Calcutta medical institutions reports 1871-78
Year: 1871
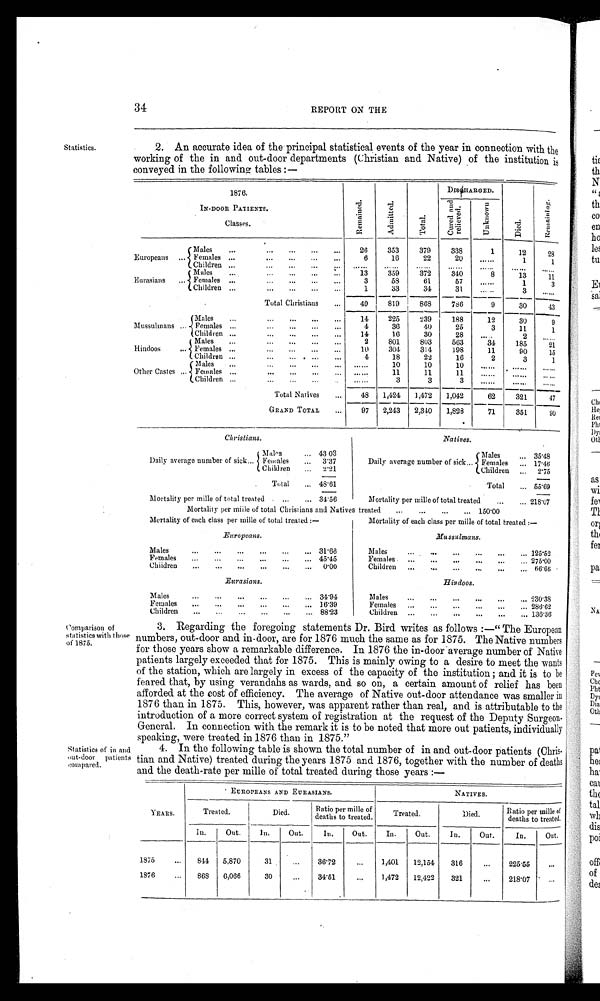
34
REPORT ON THE
Statistics.
2. An accurate idea of the principal statistical events of the year in connection with the
working of the in and out-door departments (Christian and Native) of the institution is
conveyed in the following tables:—
1 8 7 6 .
I N - D O O R P A T I E N T S .
C l a s s e s .
R e m a i n e d .
A d m i t t e d .
T o t a l .
D I S C H A R G E D .
D i e d .
R e m a i n i n g .
C u r e d a n d r e l i e v e d .
U n k n o w n
E r o p e a n s . . .
M a l e s
. . .
. . .
. . .
. . .
26
353
379
338
1
12
2 8
F e m a l e s
. . .
. . .
. . .
. . .
6
16
22
20
. . . . . .
1
1
C h i l d r e n
. . .
. . .
. . .
. . .
. . . . . .
. . . . . .
. . . . . .
. . . . . .
. . . . . .
. . . . . .
. . . . . .
Eurasians ...
M a l e s
. . .
. . .
. . .
. . .
13
359
372
340
8
13
11
F e m a l e s
. . .
. . .
. . .
. . .
3
58
61
57
. . . . . .
1
3
C h i l d r e n
. . .
. . .
. . .
. . .
1
33
34
31
. . . . . .
3
. . . . . .
.
Total Christians
. . .
49
819
868
786
9
30
43
Musuhmans ...
M a l e s
. . .
. . .
. . .
. . .
14
225
239
188
1 2
30
9
F e m a l e s
. . .
. . .
. . .
. . .
4
36
4.0
25
3
11
1
C h i l d r e n
. . .
. . .
. . .
. . .
14
16
30
2 8
. . . . . .
2
. . . . . .
Hindoos ...
M a l e s
. . .
. . .
. . .
. . .
2
801
803
563
3 4
185
21
F e m a l e s
. . .
. . .
. . .
. . .
10
304.
314
1 9 8
11
9 0
15
C h i l d r e n
. . .
. . .
. . .
. . .
4
18
22
16
2
3
1
Other Castes ...
M a l e s
. . .
. . .
. . .
. . .
. . . . . .
10
10
10
. . . . . .
. . . . . .
. . . . . .
F e m a l e s
. . .
. . .
. . .
. . .
. . . . . .
11
11
11
. . . . . .
. . . . . .
. . . . . .
C h i l d r e n
. . .
. . .
. . .
. . .
. . . . . .
3
3
3
. . . . . .
. . . . . .
. . . . . .
Total Natives
...
48 1,424 1,472 1,04.2
62
321
47
GRAND TOTAL
..,
97 2,43 2,310 1,828
•
71
351
,
90
Christians.
Males
... 43 03
Daily average number of sick .. Females
... 3·37
Children
. . .
2·21
T o t a l
. . .
48·61
Mortality per mille of total treated ...
... 34·56
Natives.
Males
... 35·48
Daily average number of sick ... Females ... 17·46
Children
. . .
2·75
Total
... 55·69
Mortality per mine of total treated ...
... 218·07
Mortality per mille of total Chrisians and Natives treated ... ... ... ... 150·0
Mortality of each class per mille total treated:—
Europeans.
M a l e s
. . .
. . .
. . .
. . .
. . .
. . .
3 1 · 6 6
F e m a l e s
. . .
. . .
. . .
. . .
. . .
. . . 4 5 · 4 5
C h i l d r e n
. . .
. . .
. . .
. . .
. . .
. . .
0 · 0 0
Eurasians.
M a l e s
. . .
. . .
. . .
. . .
. . .
. . .
3 4 · 9 4
F e m a l e s
. . .
. . .
. . .
. . .
. . .
. . . 1 6 · 3 9
C h i l d r e n
. . .
. . .
. . .
. . .
. . .
. . . 8 8 · 2 3
Mortality of each class per mille of total treated—
Mussulmans.
M a l e s
. . .
. . .
. . .
. . .
. . .
. . . 1 2 5 · 5 2
F e m a l e s
. . .
. . .
. . .
. . .
. . .
. . .
2 7 5 · 0 0
C h i l d r e n
. . .
. . .
. . .
. . . . . .
. . . 6 6 · 6 5
H i n d o o s .
M a l e s
. . .
. . .
. . .
. . .
. . .
. . . 2 3 0 · 3 8
F e m a l e s
. . .
. . .
. . .
. . .
. . .
. . . 2 8 6 · 6 2
C h i l d r e n
. . .
. . .
. . .
. . .
. . .
. . . 1 3 6 · 3 6
Comparison of
statistics with those
of 1875.
S t a t i s t i c s o f i n a n d o u t - d o o r p a t i e n t s c o m p a r e d .
3. Regarding the foregoing statements Dr. Bird writes as follows:—"The European
numbers, out-door and in-door, are for 1876 much the same as for 1875. The Native numbers
for those years show a remarkable difference. In 1876 the in-door average number of Native
patients largely exceeded that for 1875. This is mainly owing to a desire to meet the wants
of the station, which are largely in excess of the capacity of the institution; and it is to be
feared that, by using verandahs as wards, and so on, a certain amount of relief has been
afforded at the cost of efficiency. The average of Native out-door attendance was smaller in
1876 than in 1875. This, however, was apparent rather than real, and is attributable to the
introduction of a more correct system of registration at the request of the Deputy Surgeon
-General. In connection with the remark it is to be noted that more out patients, individually
speaking, were treated in 1876 than in 1875."
4. In the following table is shown the total number of in and out-door patients (Chris
-tian and Native) treated during the years 1875 and 1876, together with the number of deaths
and the death-rate per mille of total treated during those years:—
EUROPEANS AND EURASIANS.
NATIVES.
YEARS.
Treated.
Died.
Ratio per mille of
deaths to treated.
Treated.
Died.
Ratio per mille of
deaths to treated.
In.
Out.
In.
Out.
In.
Out.
In.
Out.
In.
Out.
In.
Out.
1875
...
8 4 4
5 , 8 7 0
3 1
. . .
3 6 · 7 2
. . .
1 , 4 0 1
1 2 , 1 5 4
3 1 6
. . .
2 2 5 · 5 5
1876
...
8 6 8
6 , 0 6 5
3 0
. . .
3 4 · 5 1
. . .
1 , 4 7 2
1 2 , 4 2 2
3 2 1
. . .
2 1 8 · 0 7
. . .